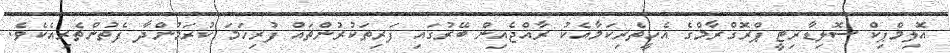
އޮލިމްޕިކް ސޮލިޑާރިޓީ ޕްރޮގްރާމްގެ އެހީތެރިކަމާއެކު ރާއްޖެއިން ބޭރުގައި ފަރިތަކުރުންތައް ފުރިހަމަ ކުރަމުންދާ ފެތުންތެރިއެކެވެ.